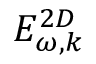
E _ { \omega , k } ^ { 2 D }